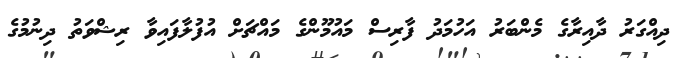
ދިއްގަރު ދާއިރާގެ މެންބަރު އަހުމަދު ފާރިސް މައުމޫންގެ މައްޗަށް އުފުލާފައިވާ ރިޝްވަތު ދިނުމުގެ